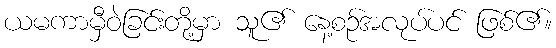
ယမကာမှီဝဲခြင်းတို့မှာ သူ၏ နေ့စဉ်အလုပ်ပင် ဖြစ်၏။